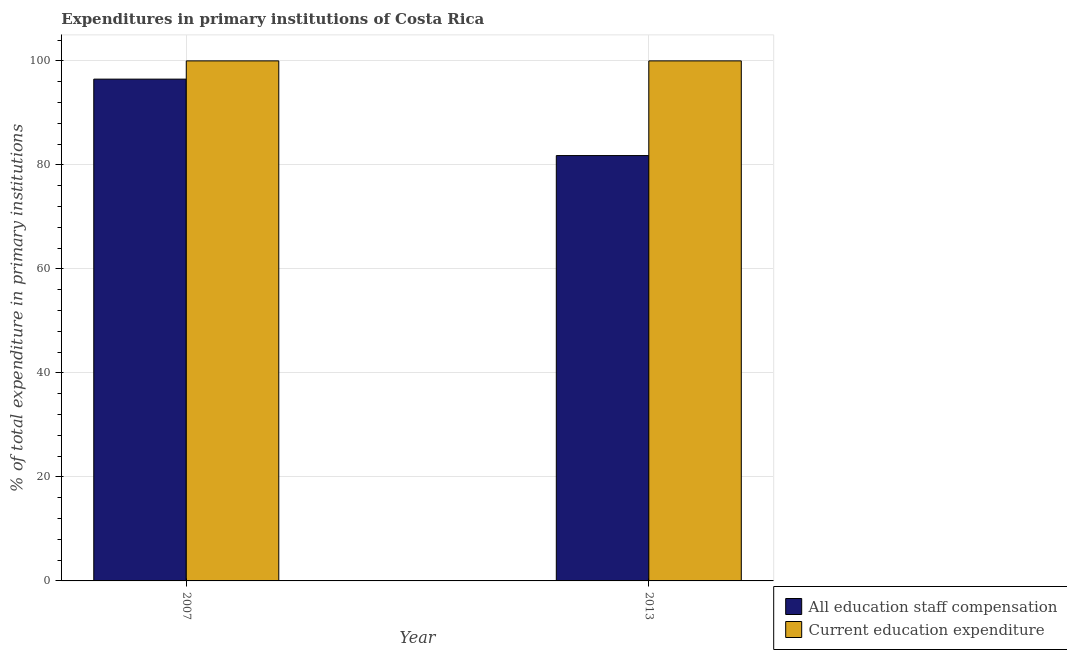
| Year | All education staff compensation | Current education expenditure |
 | --- | --- | --- |
 | 2007 | 96.5 | 100 |
 | 2013 | 81.8 | 100 |